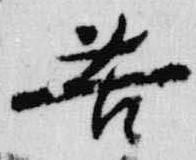
苦